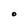
Character: O